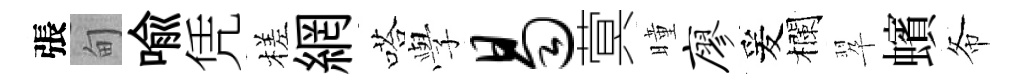
張甸喩凭槎網嗒𫝯曷蓂曈廖爰欄翆蠙𢁙